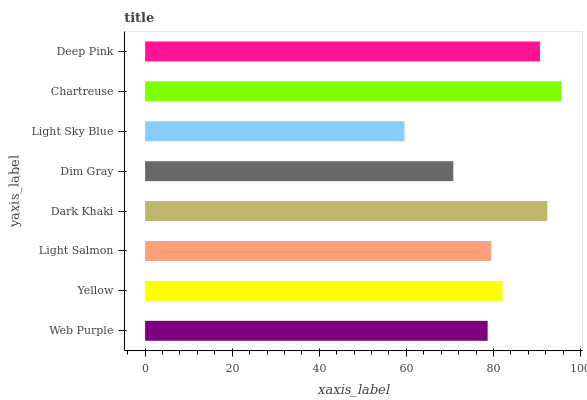
| yaxis_label | bars |
 | --- | --- |
 | Web Purple | 78.6 |
 | Yellow | 82.1 |
 | Light Salmon | 79.5 |
 | Dark Khaki | 92.4 |
 | Dim Gray | 70.8 |
 | Light Sky Blue | 59.6 |
 | Chartreuse | 95.6 |
 | Deep Pink | 90.7 |